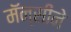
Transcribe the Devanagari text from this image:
मॅन्सीने